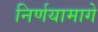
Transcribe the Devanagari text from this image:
निर्णयामागे